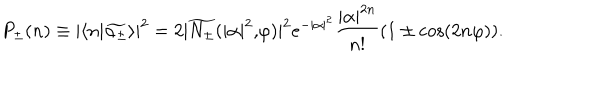
P _ { \pm } ( n ) \equiv | \langle n | \widetilde { \alpha _ { \pm } } \rangle | ^ { 2 } = 2 | \widetilde { N _ { \pm } } ( | \alpha | ^ { 2 } \mathrm { , } \varphi ) | ^ { 2 } e ^ { - | \alpha | ^ { 2 } } \frac { | \alpha | ^ { 2 n } } { n ! } ( 1 \pm \cos ( 2 n \varphi ) ) .